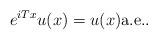
LaTeX: \begin{align*}e^{iT x} u(x) = u(x) \mbox{a.e.}.\end{align*}